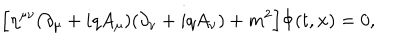
\Bigl [ \eta ^ { \mu \nu } ( \partial _ { \mu } + i q A _ { \mu } ) ( \partial _ { \nu } + i q A _ { \nu } ) + m ^ { 2 } \Bigr ] \Phi ( t , { \bf x } ) = 0 ,